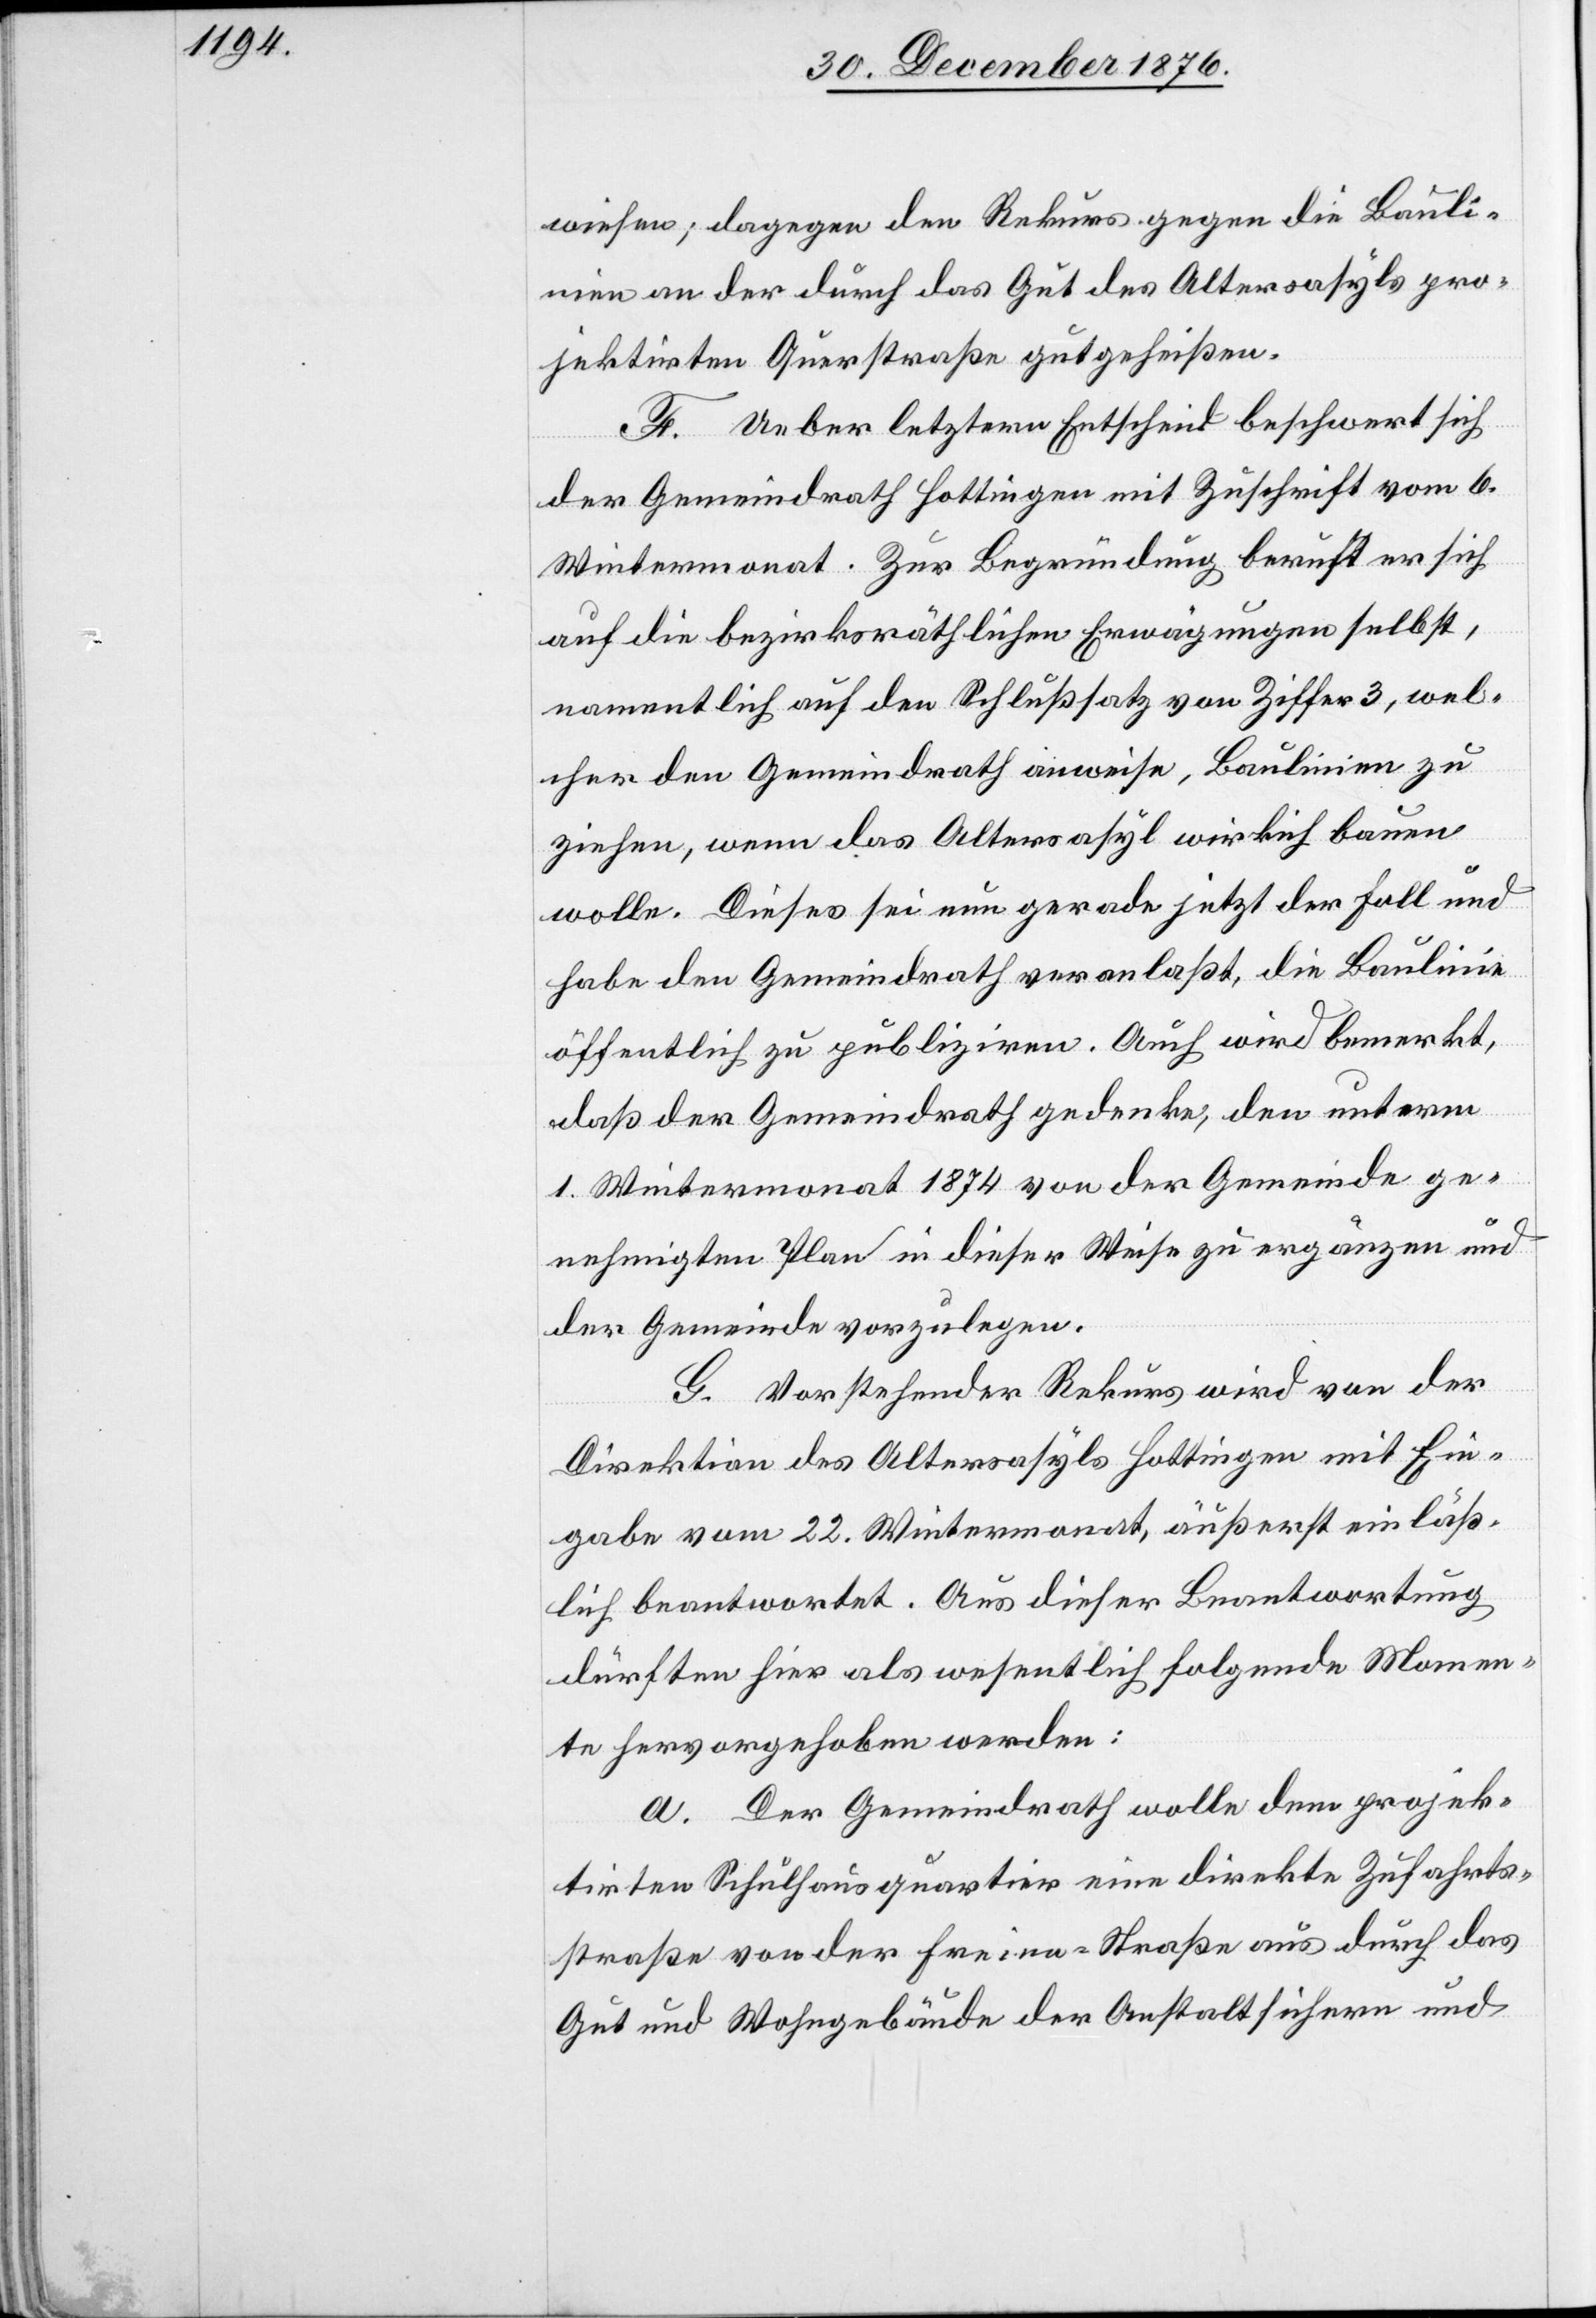
wiesen; dagegen den Rekurs gegen die Bauli¬
nie an der durch das Gut des Altersasyls pro¬
jektirten Querstraße gutgeheißen.
F. Ueber letztern Entscheid beschwert sich
der Gemeindrath Hottingen mit Zuschrift vom 6.
Wintermonat. Zur Begründung beruft er sich
auf die bezirksräthlichen Erwägungen selbst,
namentlich auf den Schlußsatz von Ziffer 3, wel¬
cher den Gemeindrath anweise, Baulinien zu
ziehen, wenn das Altersasyl wirklich bauen
wolle. Dieses sei nun gerade jetzt der Fall und
habe den Gemeindrath veranlaßt, die Baulinie
öffentlich zu publiziren. Auch wird bemerkt,
daß der Gemeindrath gedenke, den unterm
1. Wintermonat 1874 von der Gemeinde ge¬
nehmigten Plan in dieser Weise zu ergänzen und
der Gemeinde vorzulegen.
G. Vorstehender Rekurs wird von der
Direktion des Altersasyls Hottingen mit Ein¬
gabe vom 22. Wintermonat, äußerst einläß¬
lich beantwortet. Aus dieser Beantwortung
dürften hier als wesentlich folgende Momen¬
te hervorgehoben werden:
a. Der Gemeindrath wolle dem projek¬
tirten Schulhausquartier eine direkte Zufahrts¬
straße von der Freien-Straße aus durch das
Gut und Wohngebäude der Anstalt sichern und